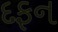
દફન